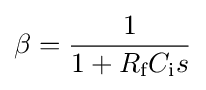
\beta ={\frac {1}{1+R_{\text{f}}C_{\text{i}}s}}